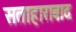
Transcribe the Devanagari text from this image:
सताहाराबाद